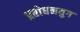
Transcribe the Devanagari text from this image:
प्रबोधनयुग